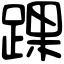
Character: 踝